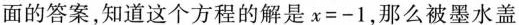
面的答案，知道这个方程的解是$$x = - 1$$，那么被墨水盖